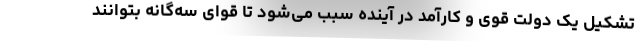
تشکیل یک دولت قوی و کارآمد در آینده سبب می‌شود تا قوای سه‌گانه بتوانند